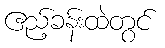
ဧည့်ခန်းထဲတွင်